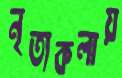
নৃত্যকলায়